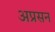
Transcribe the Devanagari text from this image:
अप्रसन